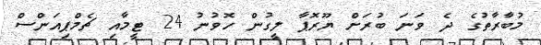
މުބާރާތުގެ ދެ ވަނަ ބުރަށް ޔޫރޮޕާ ލީގުން ހޮވުނު 24 ޓީމާއި ޗެމްޕިއަންސް